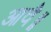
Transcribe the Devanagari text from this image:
आवै॥